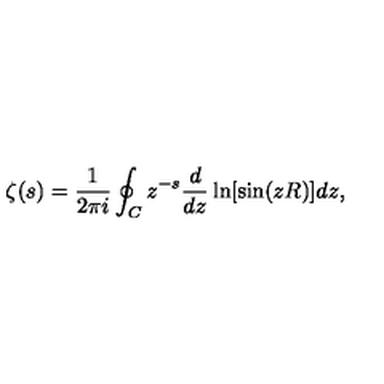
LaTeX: \zeta ( s ) = \frac { 1 } { 2 \pi i } \oint _ { C } z ^ { - s } \frac { d } { d z } \ln [ \sin ( z R ) ] d z { , }